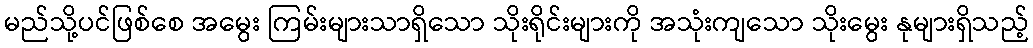
မည်သို့ပင်ဖြစ်စေ အမွေး ကြမ်းများသာရှိသော သိုးရိုင်းများကို အသုံးကျသော သိုးမွေး နုများရှိသည့်